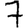
Digit: 7